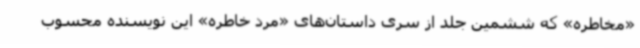
«مخاطره» که ششمین جلد از سری‌ داستان‌های «مرد خاطره» این نویسنده محسوب